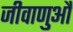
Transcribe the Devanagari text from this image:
जीवाणुऔं